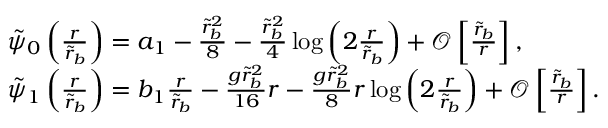
\begin{array} { r l } & { \tilde { \psi } _ { 0 } \left( \frac { r } { \tilde { r } _ { b } } \right) = a _ { 1 } - \frac { \tilde { r } _ { b } ^ { 2 } } { 8 } - \frac { \tilde { r } _ { b } ^ { 2 } } { 4 } \log \left( 2 \frac { r } { \tilde { r } _ { b } } \right) + \mathcal { O } \left[ \frac { \tilde { r } _ { b } } { r } \right] , } \\ & { \tilde { \psi } _ { 1 } \left( \frac { r } { \tilde { r } _ { b } } \right) = b _ { 1 } \frac { r } { \tilde { r } _ { b } } - \frac { g \tilde { r } _ { b } ^ { 2 } } { 1 6 } r - \frac { g \tilde { r } _ { b } ^ { 2 } } { 8 } r \log \left( 2 \frac { r } { \tilde { r } _ { b } } \right) + \mathcal { O } \left[ \frac { \tilde { r } _ { b } } { r } \right] . } \end{array}